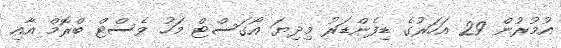
އުމުރުން 29 އަހަރުގެ ޑިފެންޑަރު މިދިޔަ އޯގަސްޓް މަހު ވެސްޓް ބްރޮމް އާއި